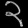
Digit: ၃